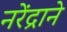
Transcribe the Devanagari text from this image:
नरेंद्राने